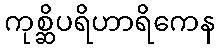
ကုစ္ဆိပရိဟာရိကေန